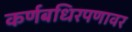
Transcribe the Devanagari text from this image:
कर्णबधिरपणावर